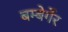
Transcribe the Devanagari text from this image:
बम्बेर्गेर